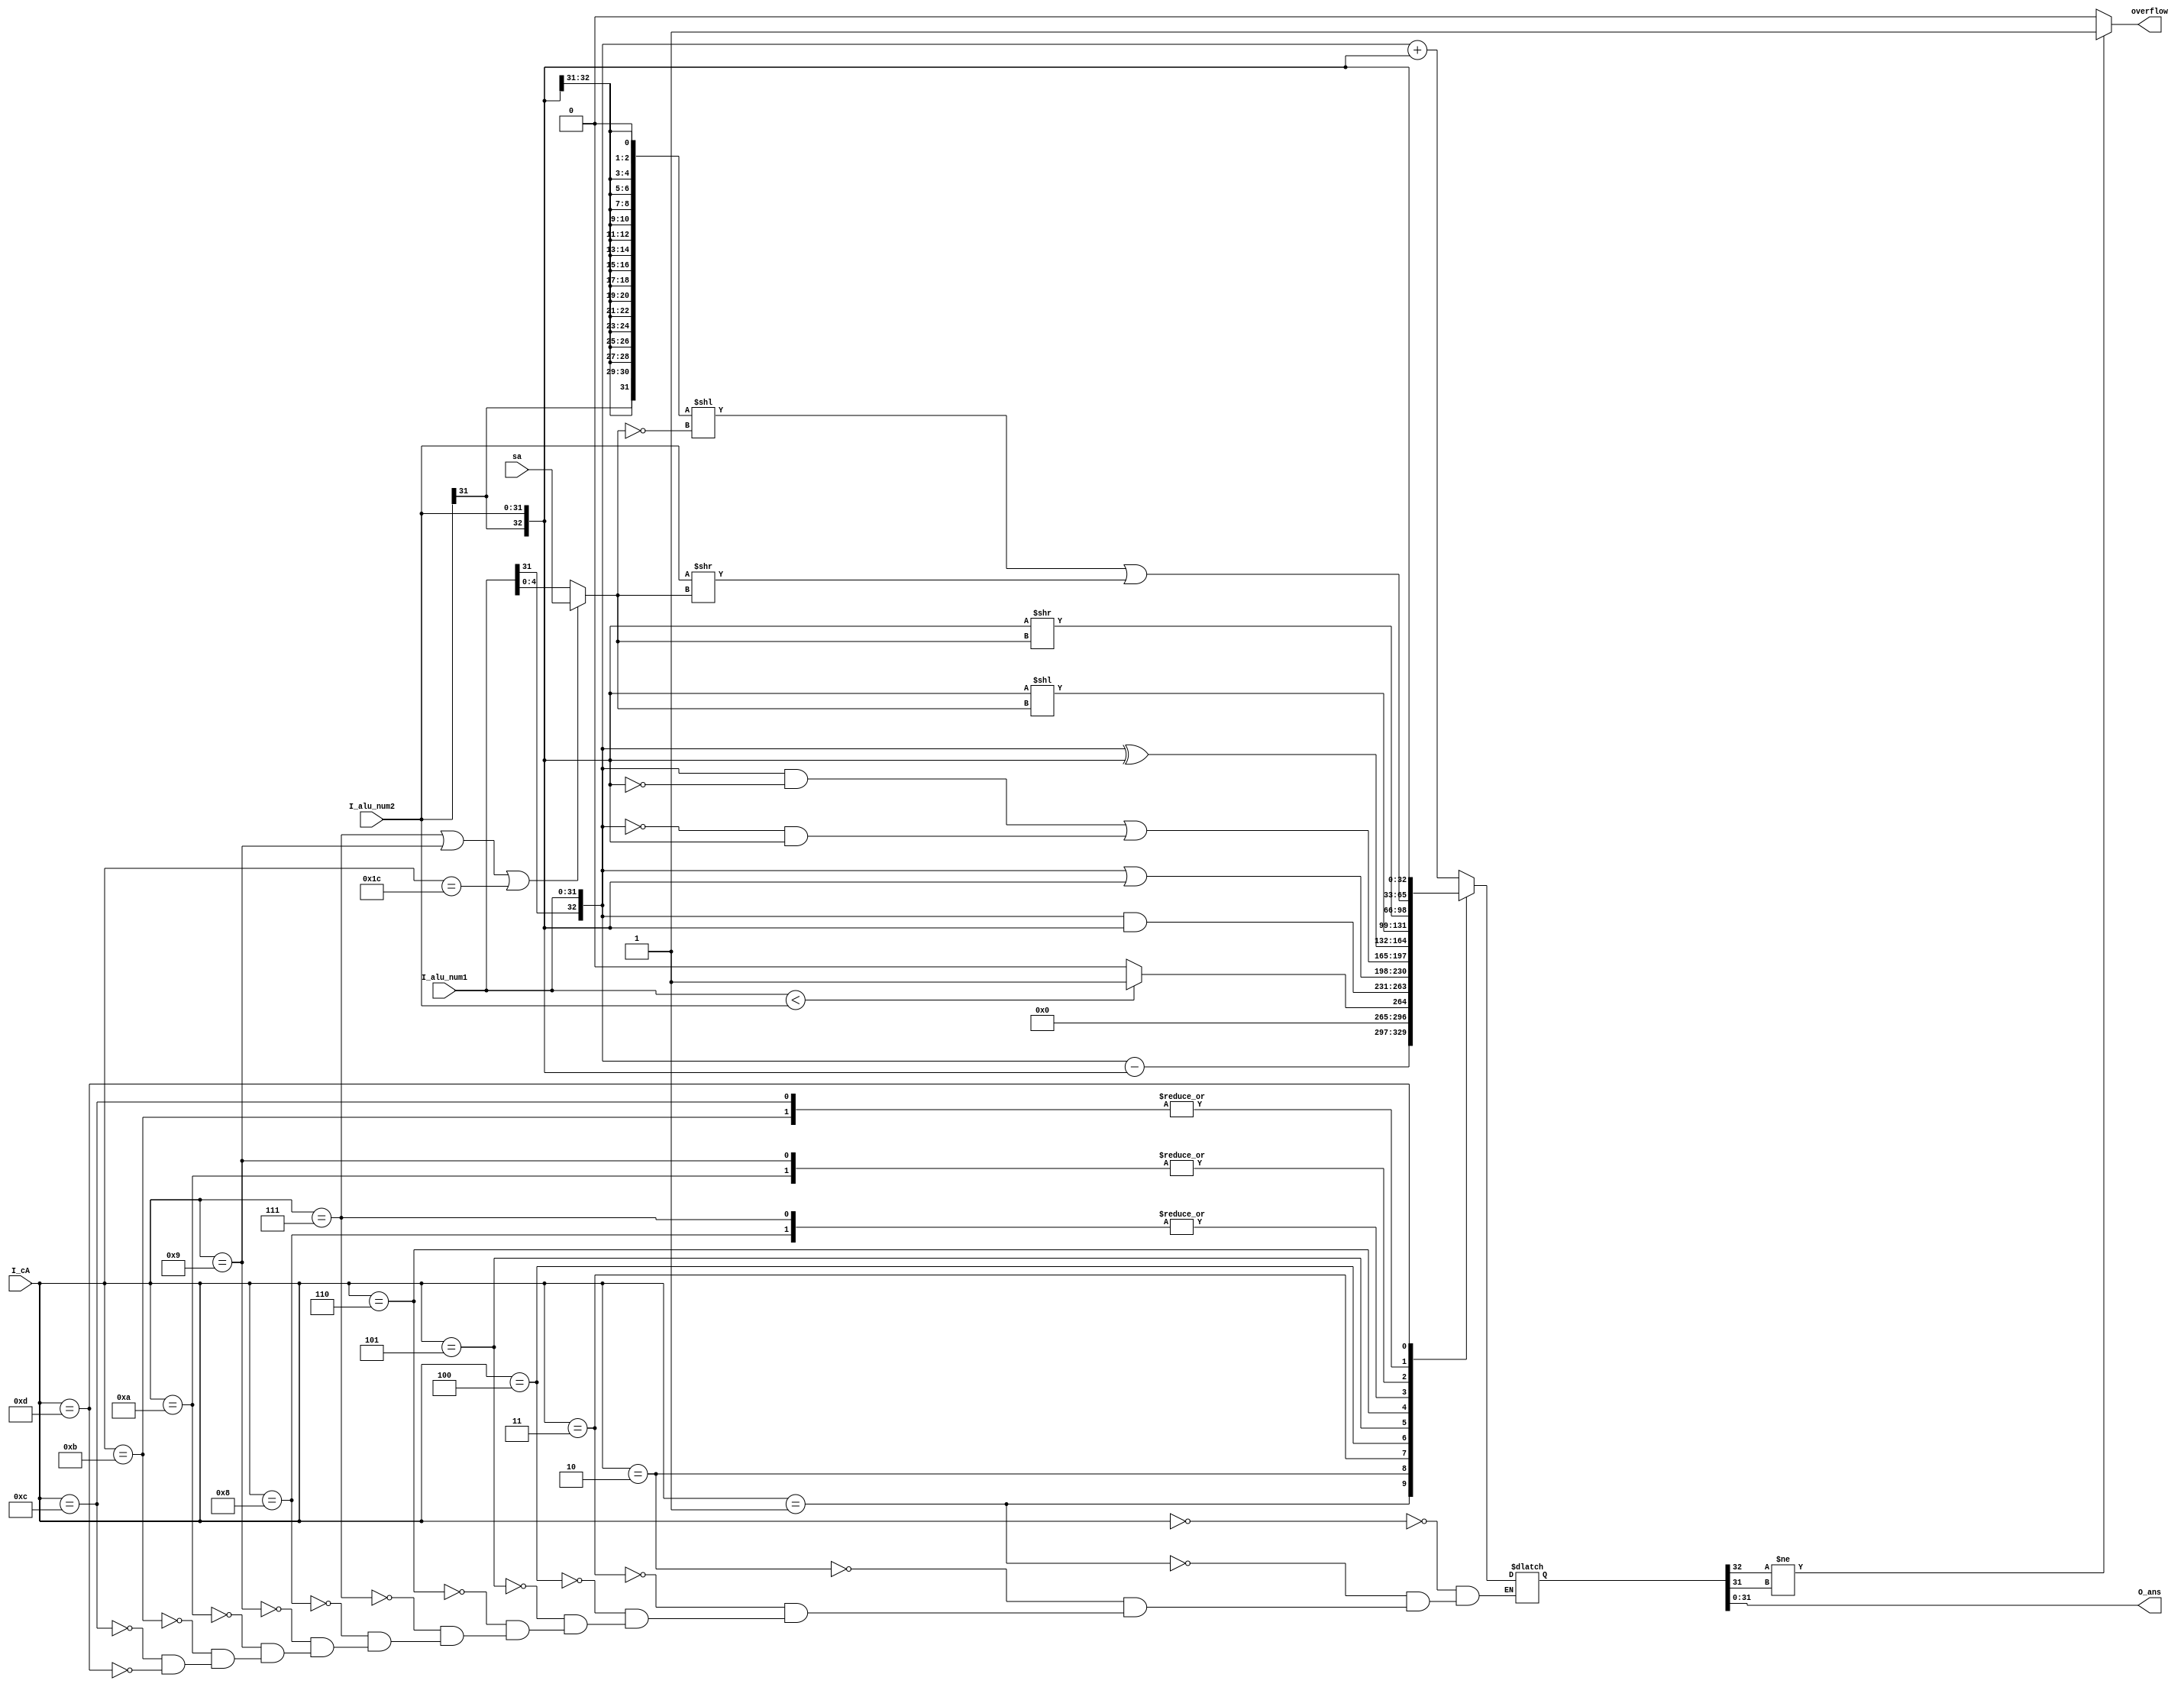
`timescale 1ns / 1ps
//////////////////////////////////////////////////////////////////////////////////
// Company:
// Engineer:
//
// Design Name:
// Module Name: alu
// Project Name:
// Target Devices:
// Tool Versions:
// Description:
//
// Dependencies:
//
// Revision:
// Revision 0.01 - File Created
// Additional Comments:
//
//////////////////////////////////////////////////////////////////////////////////


module alu(
           input [4:0]  I_cA,
           input [4:0]  sa,
           input [31:0] I_alu_num1,
           input [31:0] I_alu_num2,
           output [31:0] O_ans,
           output wire overflow 
       );

reg [32:0] R_alu;
assign O_ans=R_alu[31:0];
wire[4:0] displacement;

assign displacement =
       (I_cA == 7 ||
        I_cA == 9 ||
        I_cA == 28) ? sa : I_alu_num1[4:0];

assign overflow = (R_alu[32]!=R_alu[31])? 1:0;

wire[31:0] diff;
assign diff = (I_alu_num1 < I_alu_num2) ? 32'h00000001 : 32'h00000000;
always @ (*) begin
    case (I_cA)
        0:
            R_alu<={I_alu_num1[31],I_alu_num1}+{I_alu_num2[31],I_alu_num2};//add
        1:
            R_alu<={I_alu_num1[31],I_alu_num1}-{I_alu_num2[31],I_alu_num2};//sub
        2:
            R_alu<=diff;//slt
        3:
            R_alu<={I_alu_num1[31],I_alu_num1}&{I_alu_num2[31],I_alu_num2};//and
        4:
            R_alu<={I_alu_num1[31],I_alu_num1}|{I_alu_num2[31],I_alu_num2};//or
        5:
            R_alu<=(({I_alu_num1[31], I_alu_num1} & ~{I_alu_num2[31], I_alu_num2}) |
            (~{I_alu_num1[31], I_alu_num1} & {I_alu_num2[31], I_alu_num2}));//nor
        6:
            R_alu<={I_alu_num1[31],I_alu_num1}^{I_alu_num2[31],I_alu_num2};//xor
        7:
            R_alu<={I_alu_num2[31],I_alu_num2}<<displacement;//sll
        8:
            R_alu<={I_alu_num2[31],I_alu_num2}<<displacement;//sllv
        9:
            R_alu<={I_alu_num2[31],I_alu_num2}>>displacement;//srl
        10:
            R_alu<={I_alu_num2[31],I_alu_num2}>>displacement;//srlv
        11:
            R_alu<=({{31{I_alu_num2[31]}}, 1'b0} << (~displacement)) | (I_alu_num2 >> displacement);//sra
        12:
            R_alu<=({{31{I_alu_num2[31]}}, 1'b0} << (~displacement)) | (I_alu_num2 >> displacement);//srav
        13:
            R_alu <= {I_alu_num2[31], I_alu_num2};
    endcase
end

endmodule